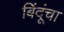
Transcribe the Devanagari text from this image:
बिंदूंचा